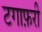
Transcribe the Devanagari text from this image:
टगाफ़री